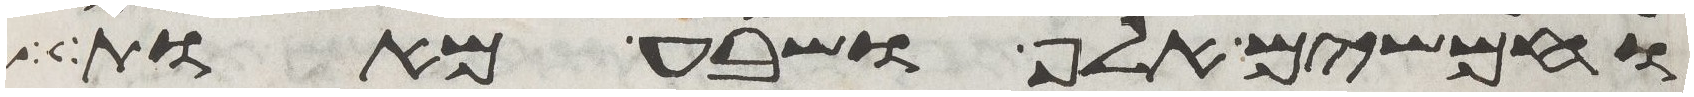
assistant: וחמשים אלף ושבע מאות